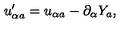
u _ { \alpha a } ^ { \prime } = u _ { \alpha a } - \partial _ { \alpha } Y _ { a } ,